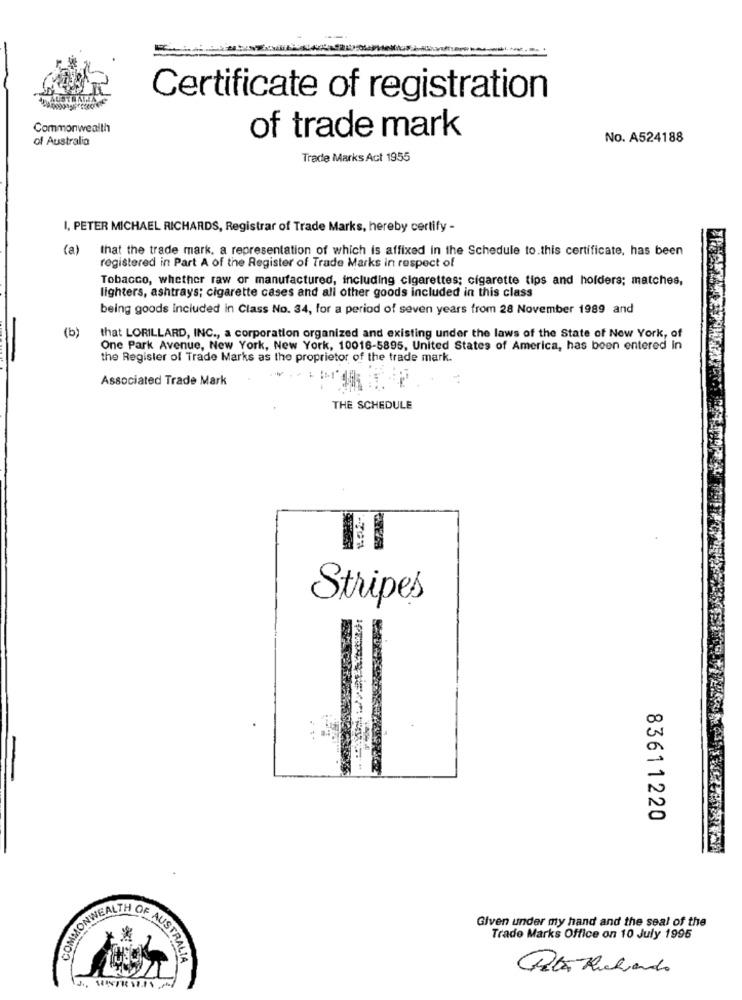
AUSTRALIA
Certificate of registration
Commonwealth
of Australia
of trade mark
No. A524188
Trade Marks Act 1955
I, PETER MICHAEL RICHARDS, Registrar of Trade Marks, hereby certify -
(a) that the trade mark, a representation of which is affixed in the Schedule to.this certificate, has been
registered in Part A of the Register of Trade Marks in respect of
Tobacco, whether raw or manufactured, including cigarettes; cigarette tips and holders; matches,
lighters, ashtrays; cigarette cases and all other goods included in this class
being goods included in Class No. 34, for a period of seven years from 28 November 1989 and
(b)
that LORILLARD, INC ., a corporation organized and existing under the laws of the State of New York, of
One Park Avenue, New York, New York, 10016-5895, United States of America, has been entered in
the Register of Trade Marks as the proprietor of the trade mark.
Associated Trade Mark
THE SCHEDULE
Stripes
83611220
COMMONWER
Given under my hand and the seal of the
Trade Marks Office on 10 July 1995
AUSTRALIA
Pela Richardo